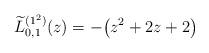
LaTeX: \begin{gather*} \widetilde{L}_{0,1}^{( 1^{2}) }(z) =-\big( z^{2}+2z+2\big)\end{gather*}